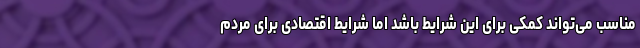
مناسب می‌تواند کمکی برای این شرایط باشد اما شرایط اقتصادی برای مردم